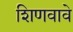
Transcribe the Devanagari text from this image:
शिणवावे